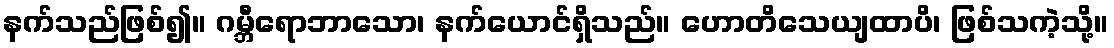
နက်သည်ဖြစ်၍။ ဂမ္ဘီရောဘာသော၊ နက်ယောင်ရှိသည်။ ဟောတိသေယျထာပိ၊ ဖြစ်သကဲ့သို့။